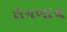
સનબાથ